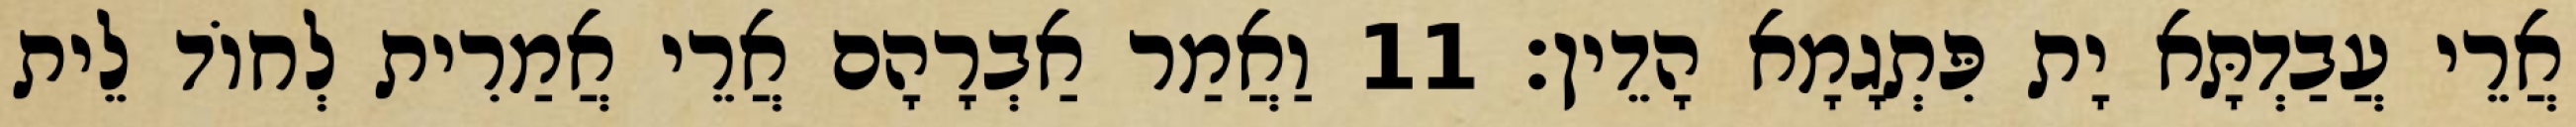
אֲרֵי עֲבַדְתָּא יָת פִּתְגָמָא הָדֵין׃ 11 וַאֲמַר אַבְרָהָם אֲרֵי אֲמַרִית לְחוֹד לֵית